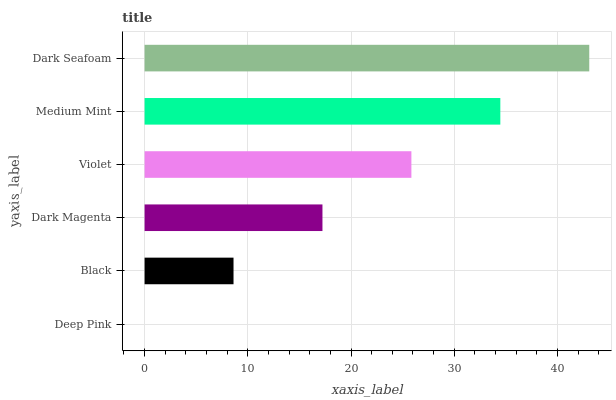
| yaxis_label | bars |
 | --- | --- |
 | Deep Pink | 0 |
 | Black | 8.62 |
 | Dark Magenta | 17.2 |
 | Violet | 25.8 |
 | Medium Mint | 34.5 |
 | Dark Seafoam | 43.1 |